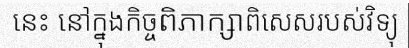
នេះ នៅក្នុងកិច្ចពិភាក្សាពិសេសរបស់វិទ្យុ